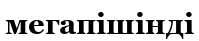
мегапішінді